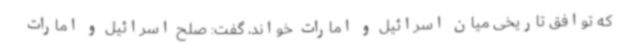
که توافق تاریخی میان اسرائیل و امارات خواند، گفت: صلح اسرائیل و امارات